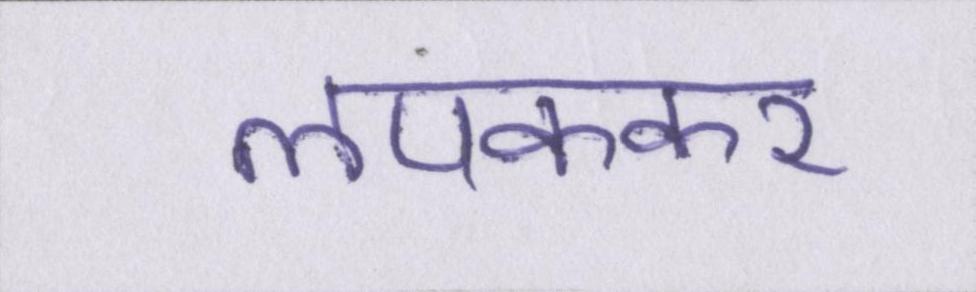
लपककर